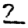
Digit: 2